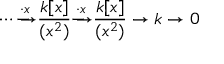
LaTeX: \cdots { \xrightarrow { \cdot x } } { \frac { k [ x ] } { ( x ^ { 2 } ) } } { \xrightarrow { \cdot x } } { \frac { k [ x ] } { ( x ^ { 2 } ) } } \to k \to 0